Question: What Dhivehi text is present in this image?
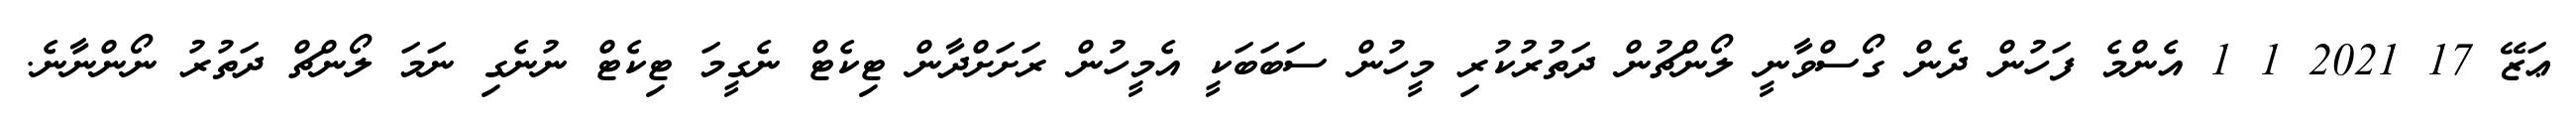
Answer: ޢަޒޭ 17 2021 1 1 އެންމެ ފަހުން ދެން ގޯސްވާނީ ލޯންޗުން ދަތުރުކުރި މީހުން ސަބަބަކީ އެމީހުން ރަށަށްދާން ޓިކެޓް ނެގީމަ ޓިކެޓް ނުނެގި ނަމަ ލޯންޗް ދަތުރު ނޯންނާނެ.